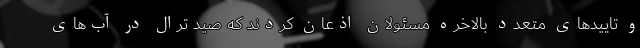
و تایید‌های متعدد بالاخره مسئولان اذعان کردند که صید ترال در آب‌های